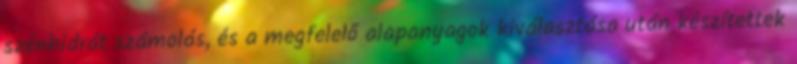
szénhidrát számolás, és a megfelelő alapanyagok kiválasztása után készítettek